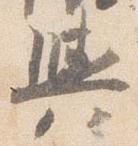
輿